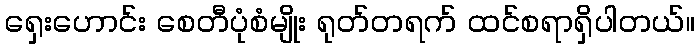
ရှေးဟောင်း စေတီပုံစံမျိုး ရုတ်တရက် ထင်စရာရှိပါတယ်။